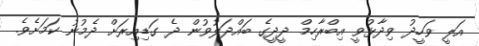
އަލީ ވަހީދު ވިދާޅުވީ އިބްރާހިމް ދީދީގެ ބައްދަލުވުން ދެ ގަޑިއިރަށް ދެމުނު ކަމަށެވެ.